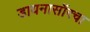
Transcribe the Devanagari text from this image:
डायनासॉरचा